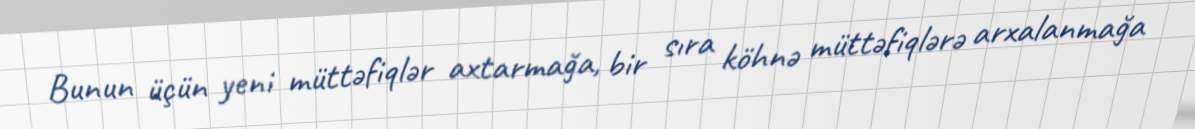
Bunun üçün yeni müttəfiqlər axtarmağa, bir sıra köhnə müttəfiqlərə arxalanmağa